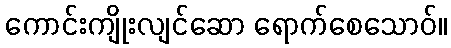
ကောင်းကျိုးလျင်ဆော ရောက်စေသောဝ်။